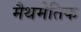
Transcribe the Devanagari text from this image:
मैथमेतिक